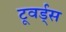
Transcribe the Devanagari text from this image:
टूवर्ड्स